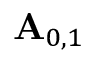
\mathbf { A } _ { 0 , 1 }